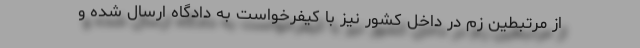
از مرتبطین زم در داخل کشور نیز با کیفرخواست به دادگاه ارسال شده و